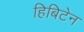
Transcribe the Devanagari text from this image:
हिबिटेन